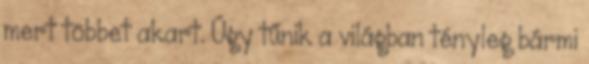
mert többet akart. Úgy tűnik a világban tényleg bármi